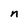
Character: n